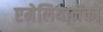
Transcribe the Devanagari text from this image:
एमेलियानेंको